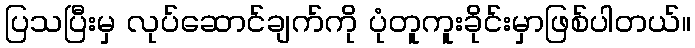
ပြသပြီးမှ လုပ်ဆောင်ချက်ကို ပုံတူကူးခိုင်းမှာဖြစ်ပါတယ်။